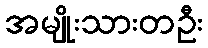
အမျိုးသားတဦး